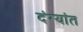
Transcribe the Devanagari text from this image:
दंग्यांत